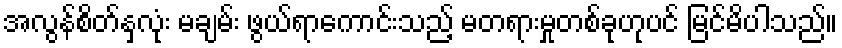
အလွန်စိတ်နှလုံး မချမ်း ဖွယ်ရာကောင်းသည့် မတရားမှုတစ်ခုဟုပင် မြင်မိပါသည်။